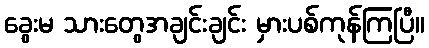
ခွေးမ သားတွေအချင်းချင်း မှားပစ်ကုန်ကြပြီ။